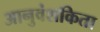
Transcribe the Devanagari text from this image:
आनुवंशकिता